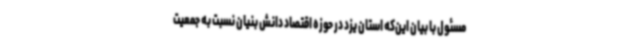
مسئول با بیان این‌که استان یزد در حوزه اقتصاد دانش بنیان نسبت به جمعیت